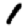
Digit: 1